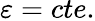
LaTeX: \varepsilon=cte.